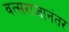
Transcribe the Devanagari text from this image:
वत्सराजानंतर